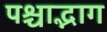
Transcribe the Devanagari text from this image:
पश्चाद्भाग